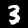
Label: 3